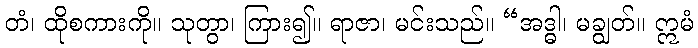
တံ၊ ထိုစကားကို။ သုတွာ၊ ကြား၍။ ရာဇာ၊ မင်းသည်။ “အဒ္ဓါ၊ မချွတ်။ ဣမံ